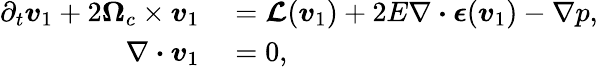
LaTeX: \begin{array}{rl}{\partial_{t}\boldsymbol{v}_{1}+2\boldsymbol{\Omega}_{c}\times\boldsymbol{v}_{1}}&{{}=\boldsymbol{\mathcal{L}}(\boldsymbol{v}_{1})+2E\nabla\boldsymbol{\cdot}\boldsymbol{\epsilon}(\boldsymbol{v}_{1})-\nabla p,}\\ {\nabla\boldsymbol{\cdot}\boldsymbol{v}_{1}}&{{}=0,}\end{array}